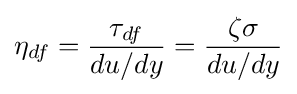
\eta _{df}={\frac {\tau _{df}}{du/dy}}={\frac {\zeta \sigma }{du/dy}}